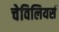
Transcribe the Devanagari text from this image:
चेविलियर्स